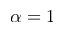
\alpha = 1